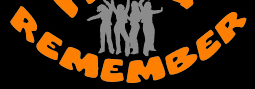
REMEMBER